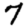
Digit: 7